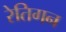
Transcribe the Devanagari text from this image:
रेतिगन